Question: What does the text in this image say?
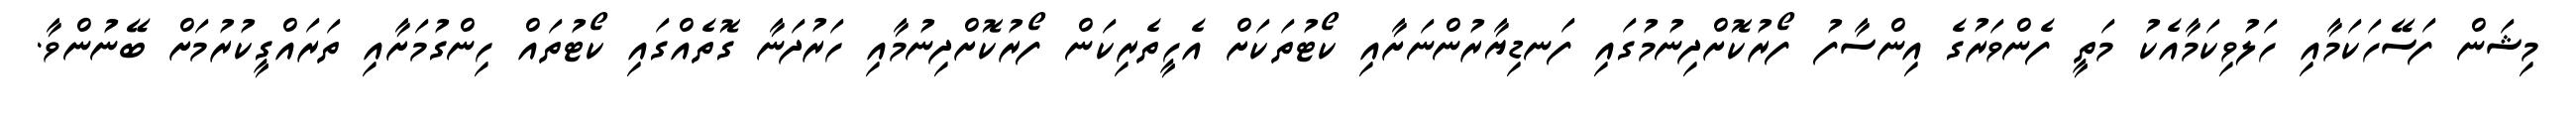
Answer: މިޝަން ފަސޭހަކަމާއި ހަލުވިކަމާއެކު މަތީ ފެންވަރުގެ އިންސާފު ފޯރުކޮށްދިނުމުގައި ފަނޑިޔާރުންނަށާއި ކޯޓުތަކަށް އެހީތެރިކަން ފޯރުކޮށްދިނުމާއި ހަރުދަނާ ގޮތެއްގައި ކޯޓުތައް ހިންގުމަށާއި ތަރައްގީކުރުމަށް ބޭނުންވާ.